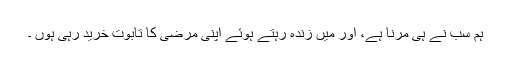
ہم سب نے ہی مرنا ہے، اور میں زندہ رہتے ہوئے اپنی مرضی کا تابوت خرید رہی ہوں ۔